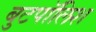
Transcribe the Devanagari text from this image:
बुटपॉलिश